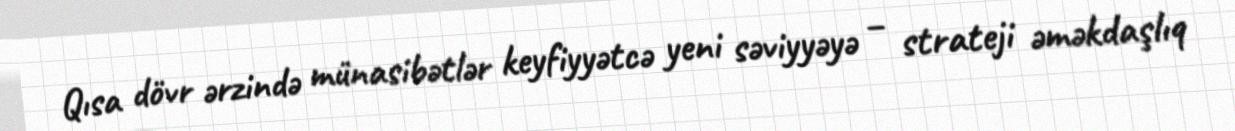
Qısa dövr ərzində münasibətlər keyfiyyətcə yeni səviyyəyə – strateji əməkdaşlıq